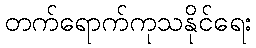
တက်ရောက်ကုသနိုင်ရေး